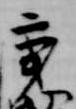
秉